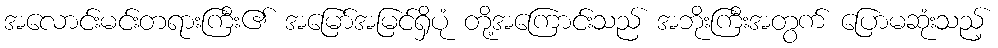
အလောင်းမင်းတရားကြီး၏ အမြော်အမြင်ရှိပုံ တို့အကြောင်းသည် အဘိုးကြီးအတွက် ပြောမဆုံးသည့်